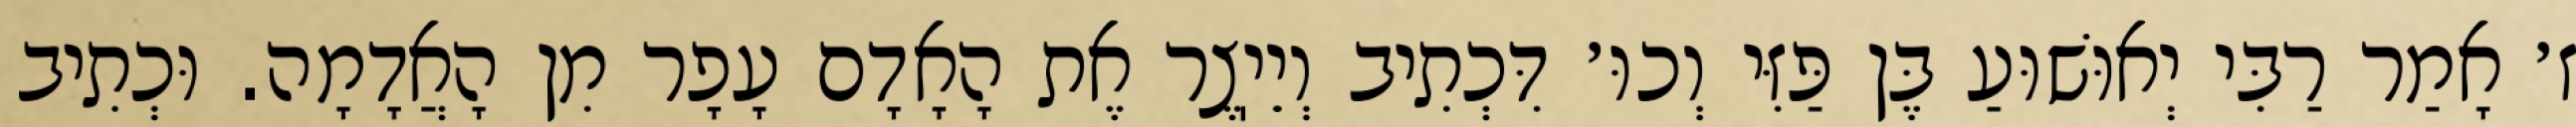
ז׳ אָמַר רַבִּי יְאוּשׁוּעַ בֶּן פַּזִּי וְכוּ׳ דִּכְתִיב וְיֵיֽצֶר אֶת הָאָדָם עָפָר מִן הָאֲדָמָה. וּכְתִיב